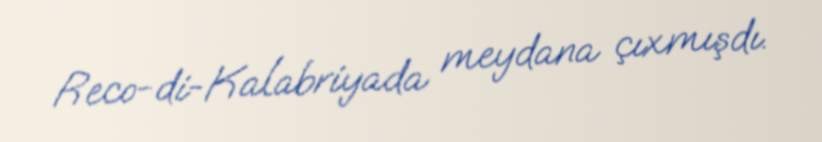
Reco-di-Kalabriyada meydana çıxmışdı.